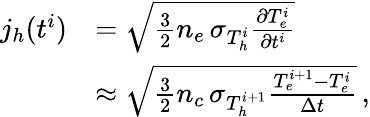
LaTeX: \begin{array}{rl}{j_{h}(t^{i})}&{=\sqrt{\frac{3}{2}n_{e}\, \sigma_{T_{h}^{i}}\frac{\partial T_{e}^{i}}{\partial t^{i}}}}\\ &{\approx\sqrt{\frac{3}{2}n_{c}\, \sigma_{T_{h}^{i+1}}\frac{T_{e}^{i+1}-T_{e}^{i}}{\Delta t}}\, ,}\end{array}